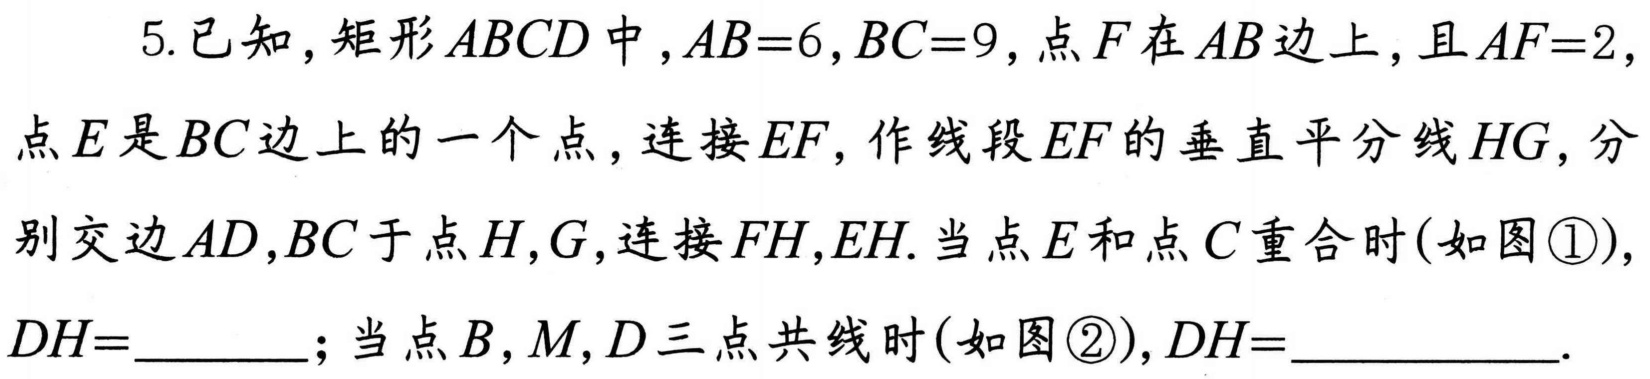
5.已知，矩形\(ABCD\)中，\(AB = 6\)，\(BC = 9\)，点\(F\)在\(AB\)边上，且\(AF = 2\)，
点\(E\)是\(BC\)边上的一个点，连接\(EF\)，作线段\(EF\)的垂直平分线\(HG\)，分
别交边\(AD\)，\(BC\)于点\(H\)，\(G\)，连接\(FH\)，\(EH\).当点\(E\)和点\(C\)重合时(如图\textcircled{1})，
\(DH =\)  ；当点\(B\)，\(M\)，\(D\)三点共线时(如图\textcircled{2})，\(DH =\)  .